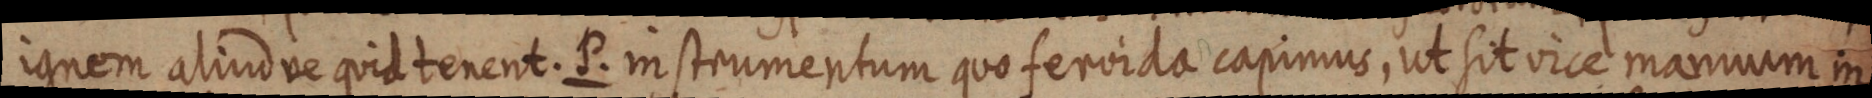
ignem aliudve quid tenent. P. instrumentum quo feroida capimus, ut sit vice manuum in